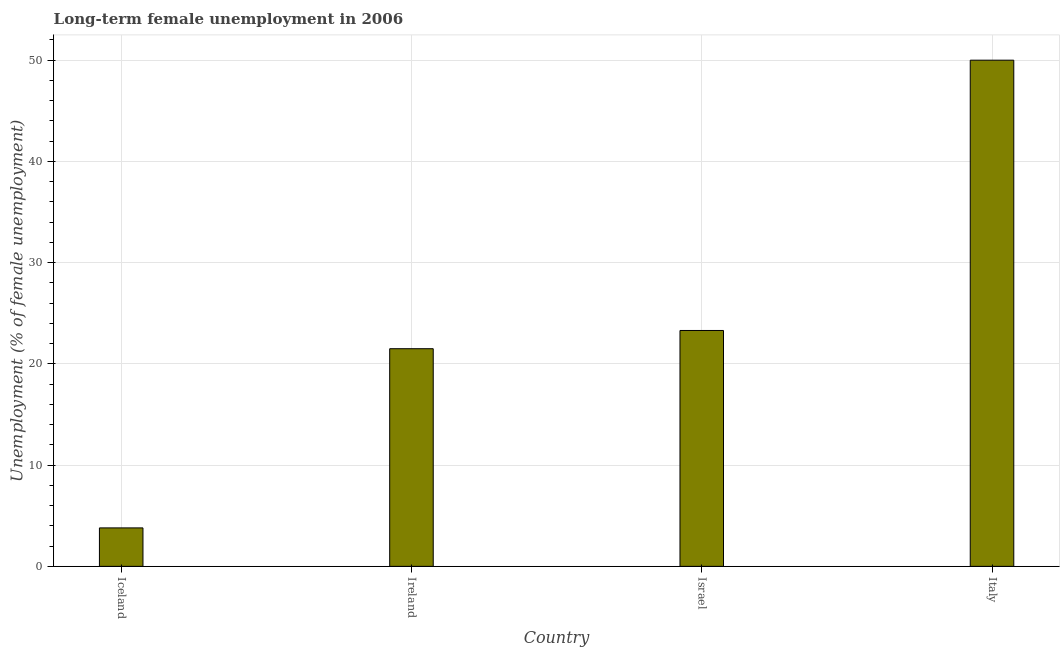
| Country | Long-term unemployment female |
 | --- | --- |
 | Iceland | 3.8 |
 | Ireland | 21.5 |
 | Israel | 23.3 |
 | Italy | 50 |